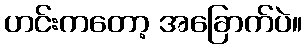
ဟင်းကတော့ အခြောက်ပဲ။